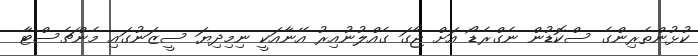
ކުޅުންތެރިންގެ ސްކޮޑުން ނެގްރެޑޯ އަށް ޖާގަ ގެއްލުނުއިރު އޭނާއަކީ ނިމިދިޔަ ސީޒަނުގައި މެންޗެސްޓާ